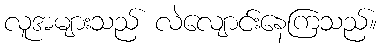
လူအများသည် လဲလျောင်းနေကြသည်။